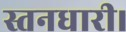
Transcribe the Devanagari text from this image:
स्तनधारी।